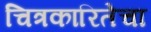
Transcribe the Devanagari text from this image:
चित्रकारितेचा